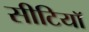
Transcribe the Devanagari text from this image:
सीटियाॅ